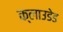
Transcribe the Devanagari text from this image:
क्लाउडेड